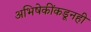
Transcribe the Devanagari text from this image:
अभिषेकींकडूनही